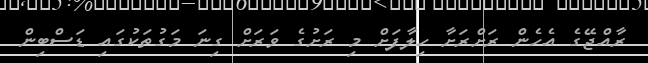
ރާއްޖޭގެ އެހެން ރަށްރަށާ ހިލާފަށް މި ރަށުގެ ވަރަށް ގިނަ މަގުތަކުގައި ޑަސްބިން